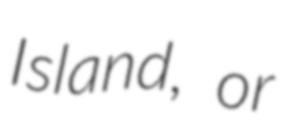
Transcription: Island, or